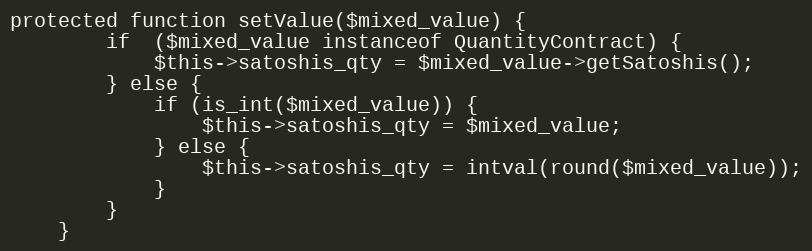
Language: PHP
protected function setValue($mixed_value) {
        if  ($mixed_value instanceof QuantityContract) {
            $this->satoshis_qty = $mixed_value->getSatoshis();
        } else {
            if (is_int($mixed_value)) {
                $this->satoshis_qty = $mixed_value;
            } else {
                $this->satoshis_qty = intval(round($mixed_value));
            }
        }
    }